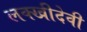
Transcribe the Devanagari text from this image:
लक्खीदेवी